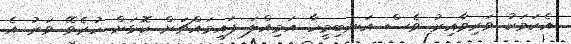
އެކަމަކު ވަރިވާއިރު ވެސް އަނބިމީހާ އަމިއްލަ ފައިމައްޗަށް ކޮޅަށް ހުރެވޭ ވަރު އެ